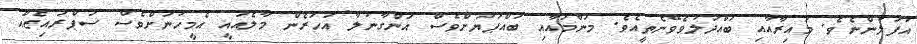
އުފަލުންނެވެ. މައިރާއާއި ބައްދަލުވެވޭނެެތީއެވެ. މަންމައާއި ބައްޕަޔަށްވެސް އަންގާނުލާ އަހަރެން މާލެއައީ އެމީހުނަށްވެސް ސަޕްރައިޒެއް